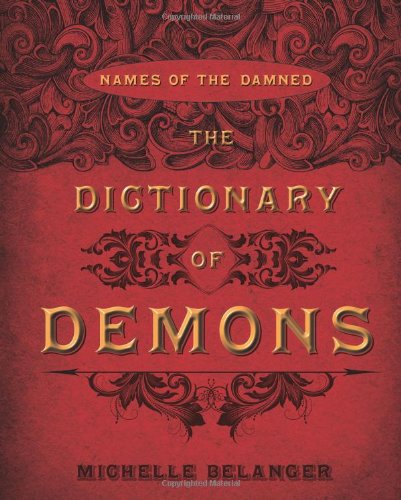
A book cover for The Dictionary of Demons: Names of the Damned; Michelle Belanger; Religion & Spirituality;